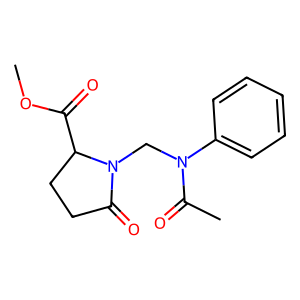
SMILES: COC(=O)C1CCC(=O)N1CN(C(C)=O)c1ccccc1
Inhibits HIV replication: No